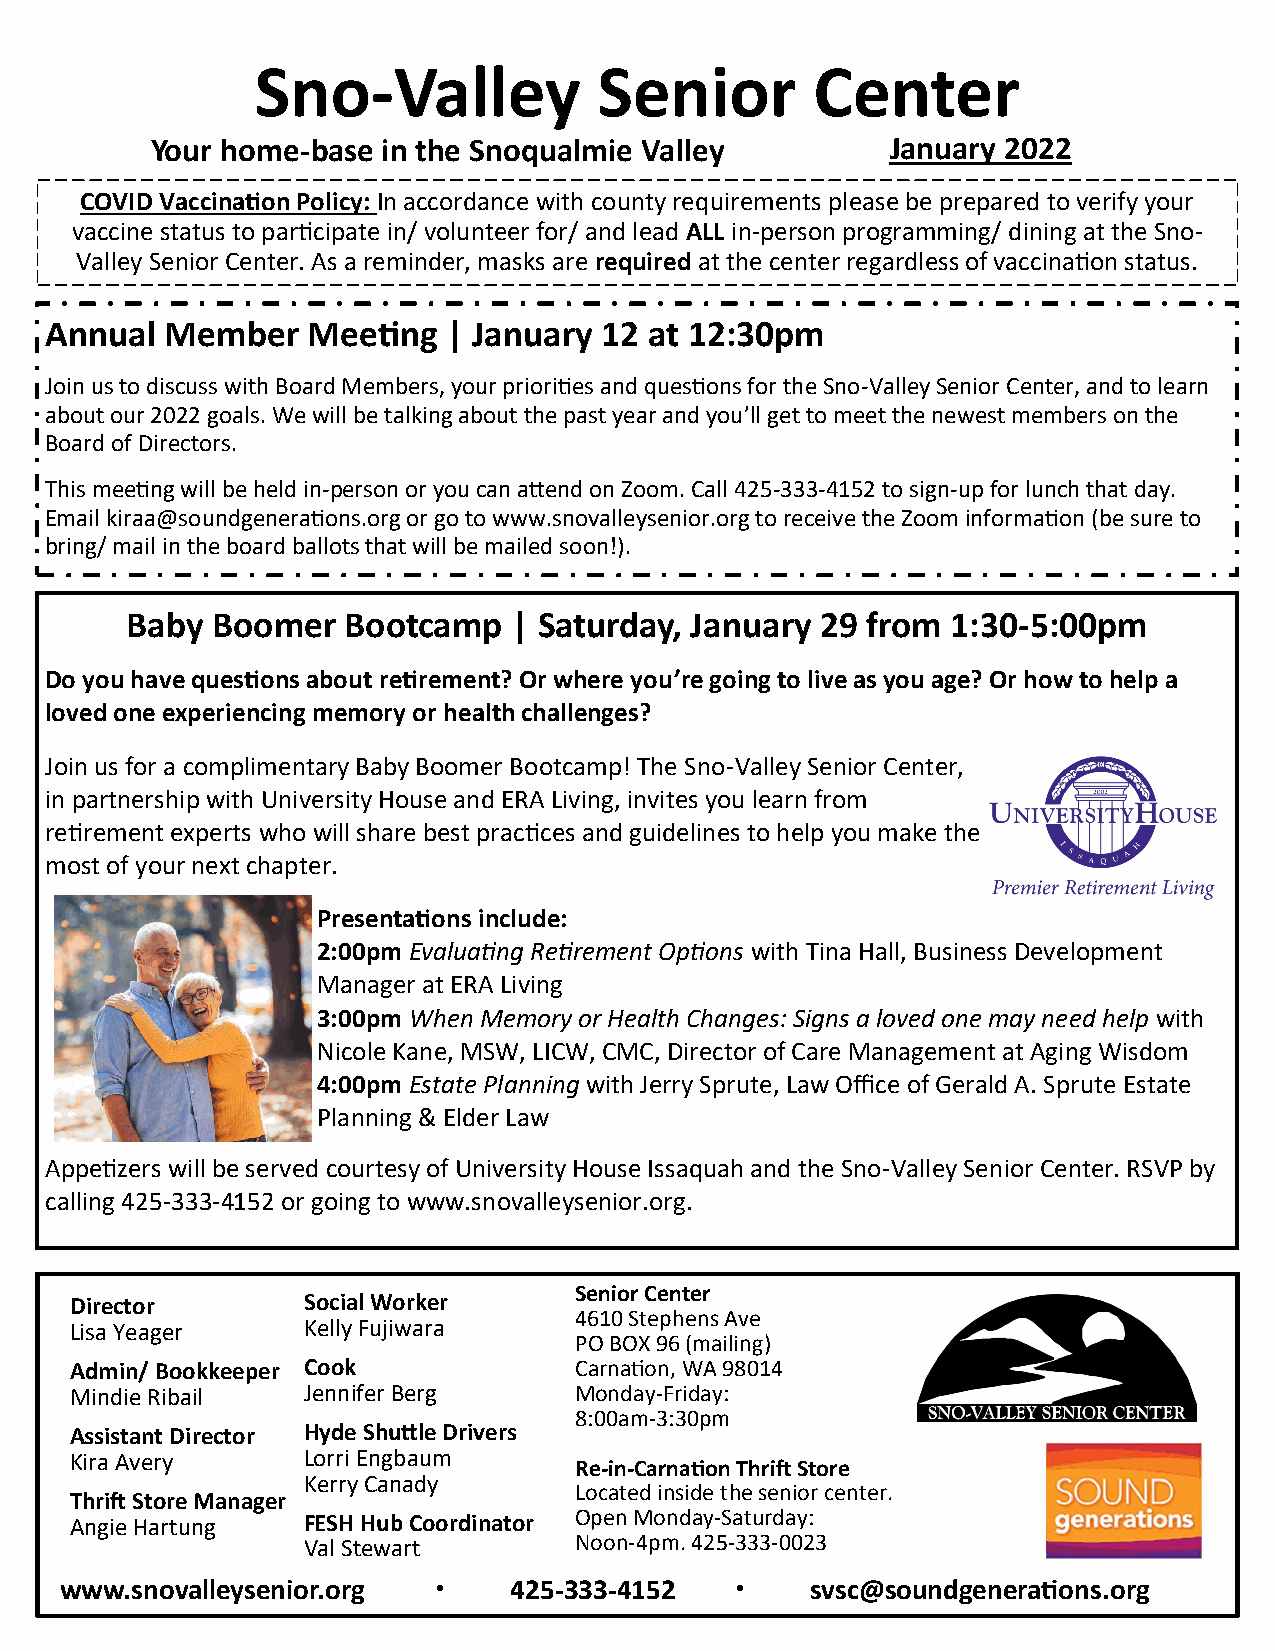
Sno-Valley             Senior        Center
 Your home-base in the Snoqualmie Valley          January 2022
 COVID Vaccination Policy: In accordance with county requirements please be prepared to verify your
 vaccine status to participate in/ volunteer for/ and lead ALL in-person programming/ dining at the Sno-
 Valley Senior Center. As a reminder, masks are required at the center regardless of vaccination status.
 Annual  Member   Meeting   | January 12 at 12:30pm
 Join us to discuss with Board Members, your priorities and questions for the Sno-Valley Senior Center, and to learn
 about our 2022 goals. We will be talking about the past year and you’ll get to meet the newest members on the
 Board of Directors.
 This meeting will be held in-person or you can attend on Zoom. Call 425-333-4152 to sign-up for lunch that day.
 Email kiraa@soundgenerations.org or go to www.snovalleysenior.org to receive the Zoom information (be sure to
 bring/ mail in the board ballots that will be mailed soon!).
 Baby  Boomer   Bootcamp   | Saturday, January 29 from  1:30-5:00pm
 Do you have questions about retirement? Or where you’re going to live as you age? Or how to help a
 loved one experiencing memory or health challenges?
 Join us for a complimentary Baby Boomer Bootcamp! The Sno-Valley Senior Center,
 in partnership with University House and ERA Living, invites you learn from
 retirement experts who will share best practices and guidelines to help you make the
 most of your next chapter.
 Presentations include:
 2:00pm Evaluating Retirement Options with Tina Hall, Business Development
 Manager at ERA Living
 3:00pm When Memory or Health Changes: Signs a loved one may need help with
 Nicole Kane, MSW, LICW, CMC, Director of Care Management at Aging Wisdom
 4:00pm Estate Planning with Jerry Sprute, Law Office of Gerald A. Sprute Estate
 Planning & Elder Law
 Appetizers will be served courtesy of University House Issaquah and the Sno-Valley Senior Center. RSVP by
 calling 425-333-4152 or going to www.snovalleysenior.org.
 Senior Center
 Director       Social Worker
 4610 Stephens Ave
 Lisa Yeager    Kelly Fujiwara
 PO BOX 96 (mailing)
 Admin/ Bookkeeper Cook           Carnation, WA 98014
 Mindie Ribail  Jennifer Berg     Monday-Friday:
 8:00am-3:30pm
 Assistant Director Hyde Shuttle Drivers
 Kira Avery     Lorri Engbaum
 Re-in-Carnation Thrift Store
 Kerry Canady
 Located inside the senior center.
 Thrift Store Manager
 Angie Hartung  FESH Hub Coordinator Open Monday-Saturday:
 Val Stewart       Noon-4pm. 425-333-0023
 www.snovalleysenior.org  ·    425-333-4152   ·    svsc@soundgenerations.org